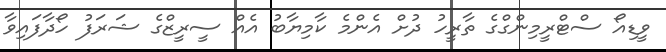
ވީޑިއޯ ސްޓްރީމިންގްގެ ތާރީހު ދުށް އެންމެ ކާމިޔާބު އެއް ސީރީޒްގެ ޝަރަފު ހޯދާފައިވާ